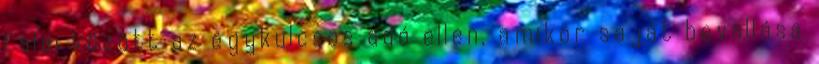
falai között az egykulcsos adó ellen, amikor saját bevallása